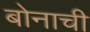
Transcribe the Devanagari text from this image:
बोनाची